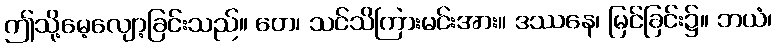
ဤသို့မေ့လျော့ခြင်းသည်။ တေ၊ သင်သိကြားမင်းအား။ ဒဿနေ၊ မြင်ခြင်း၌။ ဘယံ၊